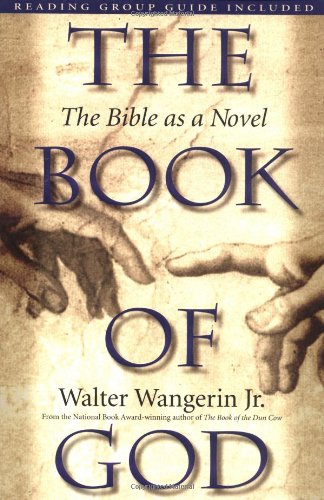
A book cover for The Book of God; Walter Wangerin; Literature & Fiction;